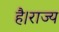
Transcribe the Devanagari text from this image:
है।राज्य